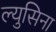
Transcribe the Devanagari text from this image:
ल्युसिना